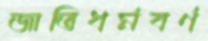
জাতিধর্মবর্ণ